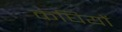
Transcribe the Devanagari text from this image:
कंघियों